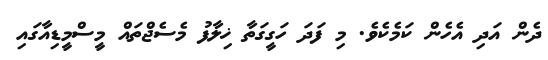
ދެން އަދި އެހެން ކަމެކެވެ. މި ފަދަ ހަގީގަތާ ޚިލާފު މެސެޖްތައް މީސްމީޑިއާގައި